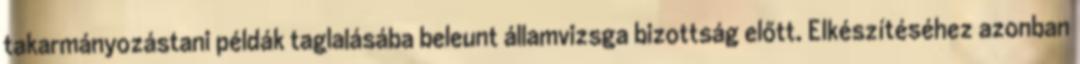
takarmányozástani példák taglalásába beleunt államvizsga bizottság előtt. Elkészítéséhez azonban